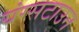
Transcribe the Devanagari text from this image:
यंग्सटाउन